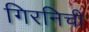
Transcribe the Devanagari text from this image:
गिरनिची